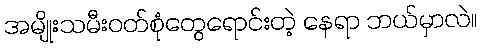
အမျိုးသမီးဝတ်စုံတွေရောင်းတဲ့ နေရာ ဘယ်မှာလဲ။